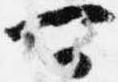
可